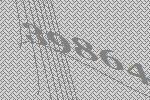
39864